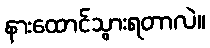
နားထောင်သွားရတာလဲ။